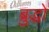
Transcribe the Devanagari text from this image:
ब्रुद्धो